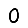
Digit: 0